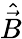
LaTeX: \hat{\vec{B}}